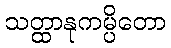
သတ္ထာနုကမ္ပိတော